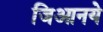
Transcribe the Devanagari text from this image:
जिआनये